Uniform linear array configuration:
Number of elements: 32
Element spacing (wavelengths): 0.5
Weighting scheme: binomial
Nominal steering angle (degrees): -30
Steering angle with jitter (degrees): -29.92
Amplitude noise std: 0.05
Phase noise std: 0.05

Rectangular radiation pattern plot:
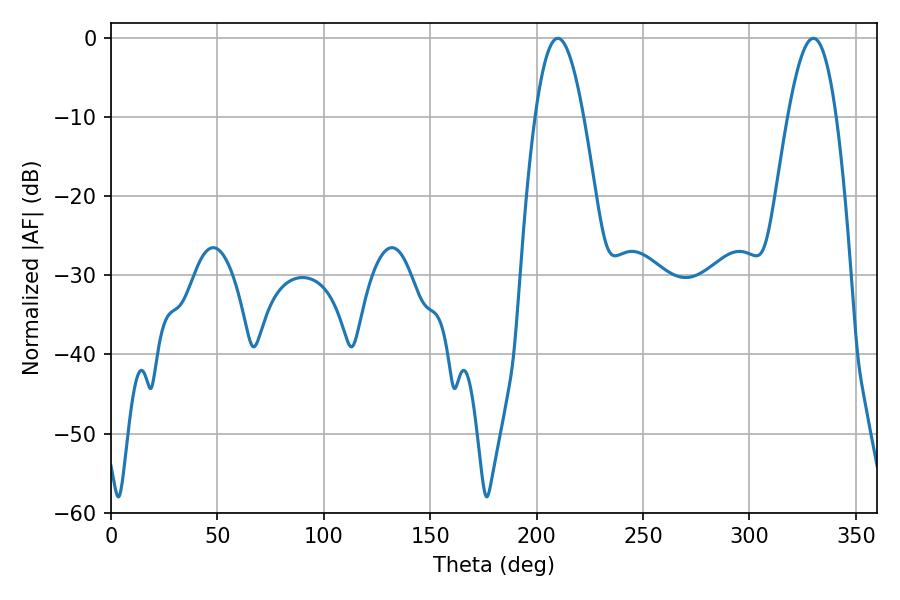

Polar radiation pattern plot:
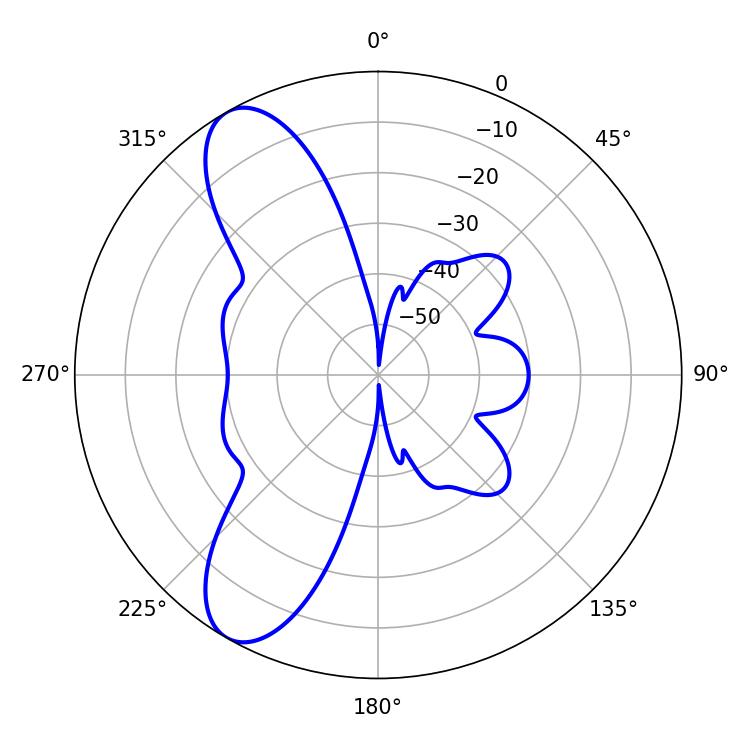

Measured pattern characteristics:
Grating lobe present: FALSE
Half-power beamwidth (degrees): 12.42
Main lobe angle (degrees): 209.88